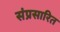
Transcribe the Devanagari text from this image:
संप्रसारित